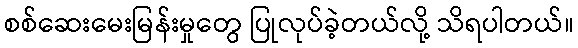
စစ်ဆေးမေးမြန်းမှုတွေ ပြုလုပ်ခဲ့တယ်လို့ သိရပါတယ်။